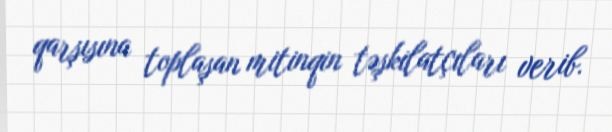
qarşısına toplaşan mitinqin təşkilatçıları verib.